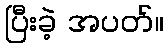
ပြီးခဲ့ အပတ်။